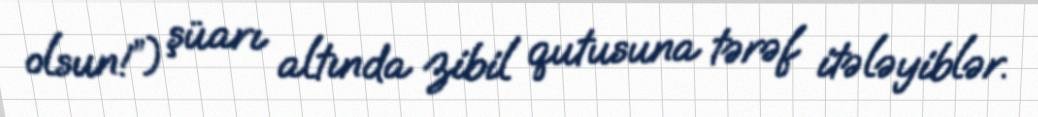
olsun!”) şüarı altında zibil qutusuna tərəf itələyiblər.